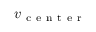
v _ { \mathrm { ~ c ~ e ~ n ~ t ~ e ~ r ~ } }